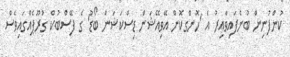
ކުންފުނިން ބުނެފައިވާއިރު އެ 'ހޮންގކޮން އޭވިއޭޝަން ޑިސްކަޝަން ބޯޑު' ގެ ފޭސްބުކް ގުރޫޕެއްގައިވެސް